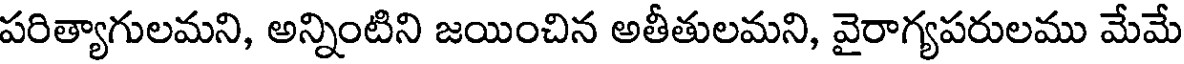
పరిత్యాగులమని, అన్నింటిని జయించిన అతీతులమని, వైరాగ్యపరులము మేమే